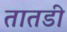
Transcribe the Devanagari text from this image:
तातडी